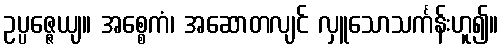
ဥပ္ပဇ္ဇေယျ။ အစ္စေကံ၊ အဆောတလျင် လှူသောသင်္ကန်းဟူ၍။